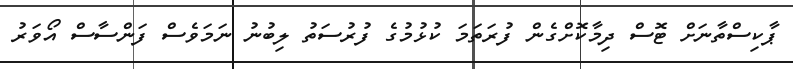
ޕާކިސްތާނަށް ޓޮސް ދިމާކޮށްގެން ފުރަތަމަ ކުޅުމުގެ ފުރުސަތު ލިބުނު ނަމަވެސް ފަންސާސް އޯވަރު